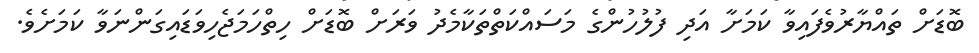
ބޮޑަށް ތައްޔާރުވެފައިވާ ކަމަށާ އަދި ފުލުހުންގެ މަސައްކަތްތަކާމެދު ވަރަށް ބޮޑަށް ހިތްހަމަޖެހިވަޑައިގަންނަވާ ކަމަށެވެ.